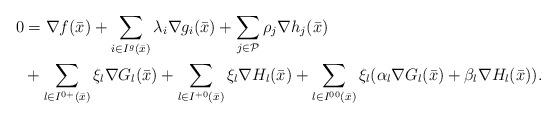
LaTeX: \begin{align*}0&=\nabla f(\bar x)+\sum\limits_{i\in I^g(\bar x)}\lambda_i\nabla g_i(\bar x)+\sum\limits_{j\in\mathcal P}\rho_j\nabla h_j(\bar x)\\&+\sum\limits_{l\in I^{0+}(\bar x)}\xi_l\nabla G_l(\bar x)+\sum\limits_{l\in I^{+0}(\bar x)}\xi_l\nabla H_l(\bar x)+\sum\limits_{l\in I^{00}(\bar x)}\xi_l(\alpha_l\nabla G_l(\bar x)+\beta_l\nabla H_l(\bar x)).\end{align*}